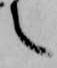
之